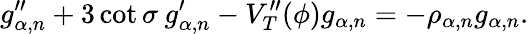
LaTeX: g_{\alpha,n}^{\prime\prime}+3\cot\sigma\: g_{\alpha,n}^{\prime}-V_{T}^{\prime\prime}(\phi)g_{\alpha,n}=-\rho_{\alpha,n}g_{\alpha,n}.